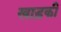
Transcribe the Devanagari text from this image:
खाड़की